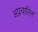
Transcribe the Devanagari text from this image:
अप्रचारित